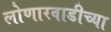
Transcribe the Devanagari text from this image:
लोणारवाडीच्या